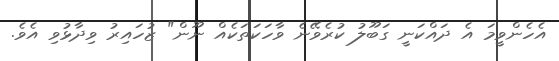
އެހެންވީމަ އެ ދައްކަނީ ގަބޫލު ކުރެވޭނެ ވާހަކަތަކެއް ނޫން" ޒުހައިރު ވިދާޅުވި އެވެ.